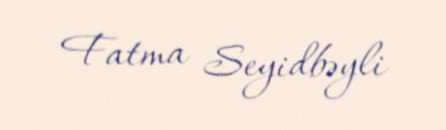
Fatma Seyidbəyli